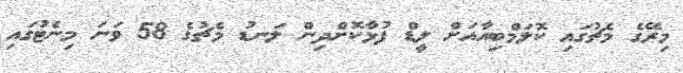
މިރޭގެ މެޗުގައި ކޮލަމްބިއާއަށް ލީޑް ފުޅާކޮށްދިން ލަނޑު މެޗުގެ 58 ވަނަ މިނެޓުގައި